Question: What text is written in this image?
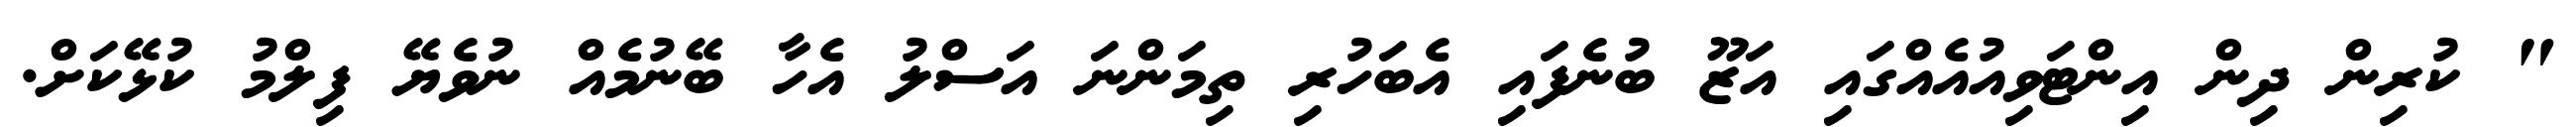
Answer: " ކުރިން ދިން އިންޓަވިއުއެއްގައި އަޒޫ ބުނެފައި އެބަހުރި ތިމަންނަ އަސްލު އެހާ ބޭނުމެއް ނުވެޔޭ ފިލްމު ކުޅޭކަށް.